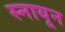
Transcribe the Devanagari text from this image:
स्नायून